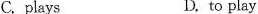
C.plays D. to play